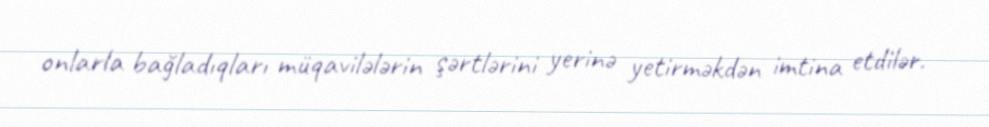
onlarla bağladıqları müqavilələrin şərtlərini yerinə yetirməkdən imtina etdilər.